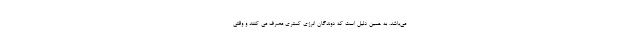
می­باشد. به همین دلیل است که دوندگان انرژی کمتری مصرف می کنند و وقتی